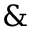
{ \& }